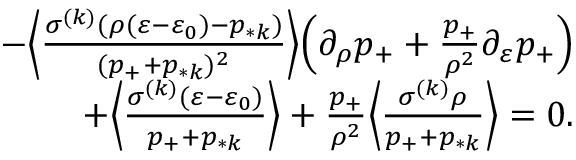
\begin{array} { r } { - \Big \langle \frac { \sigma ^ { ( k ) } ( \rho ( \varepsilon - \varepsilon _ { 0 } ) - p _ { * k } ) } { ( p _ { + } + p _ { * k } ) ^ { 2 } } \Big \rangle \Big ( \partial _ { \rho } p _ { + } + \frac { p _ { + } } { \rho ^ { 2 } } \partial _ { \varepsilon } p _ { + } \Big ) } \\ { + \Big \langle \frac { \sigma ^ { ( k ) } ( \varepsilon - \varepsilon _ { 0 } ) } { p _ { + } + p _ { * k } } \Big \rangle + \frac { p _ { + } } { \rho ^ { 2 } } \Big \langle \frac { \sigma ^ { ( k ) } \rho } { p _ { + } + p _ { * k } } \Big \rangle = 0 . } \end{array}